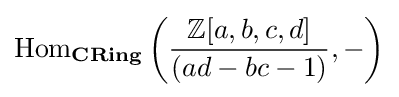
\operatorname {Hom} _{\textbf {CRing}}\left({\frac {\mathbb {Z} [a,b,c,d]}{(ad-bc-1)}},-\right)